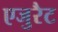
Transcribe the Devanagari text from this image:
एजुरैट